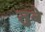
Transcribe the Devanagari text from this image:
तुबे